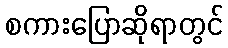
စကားပြောဆိုရာတွင်